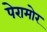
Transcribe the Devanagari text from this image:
पेरामोर